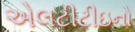
એલટીટીઇનો